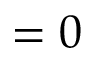
= 0